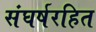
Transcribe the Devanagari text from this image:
संघर्षरहित